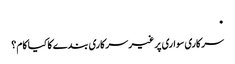
٠
‎سرکاری سواری پر غیر سرکاری بندے کا کیا کام ؟